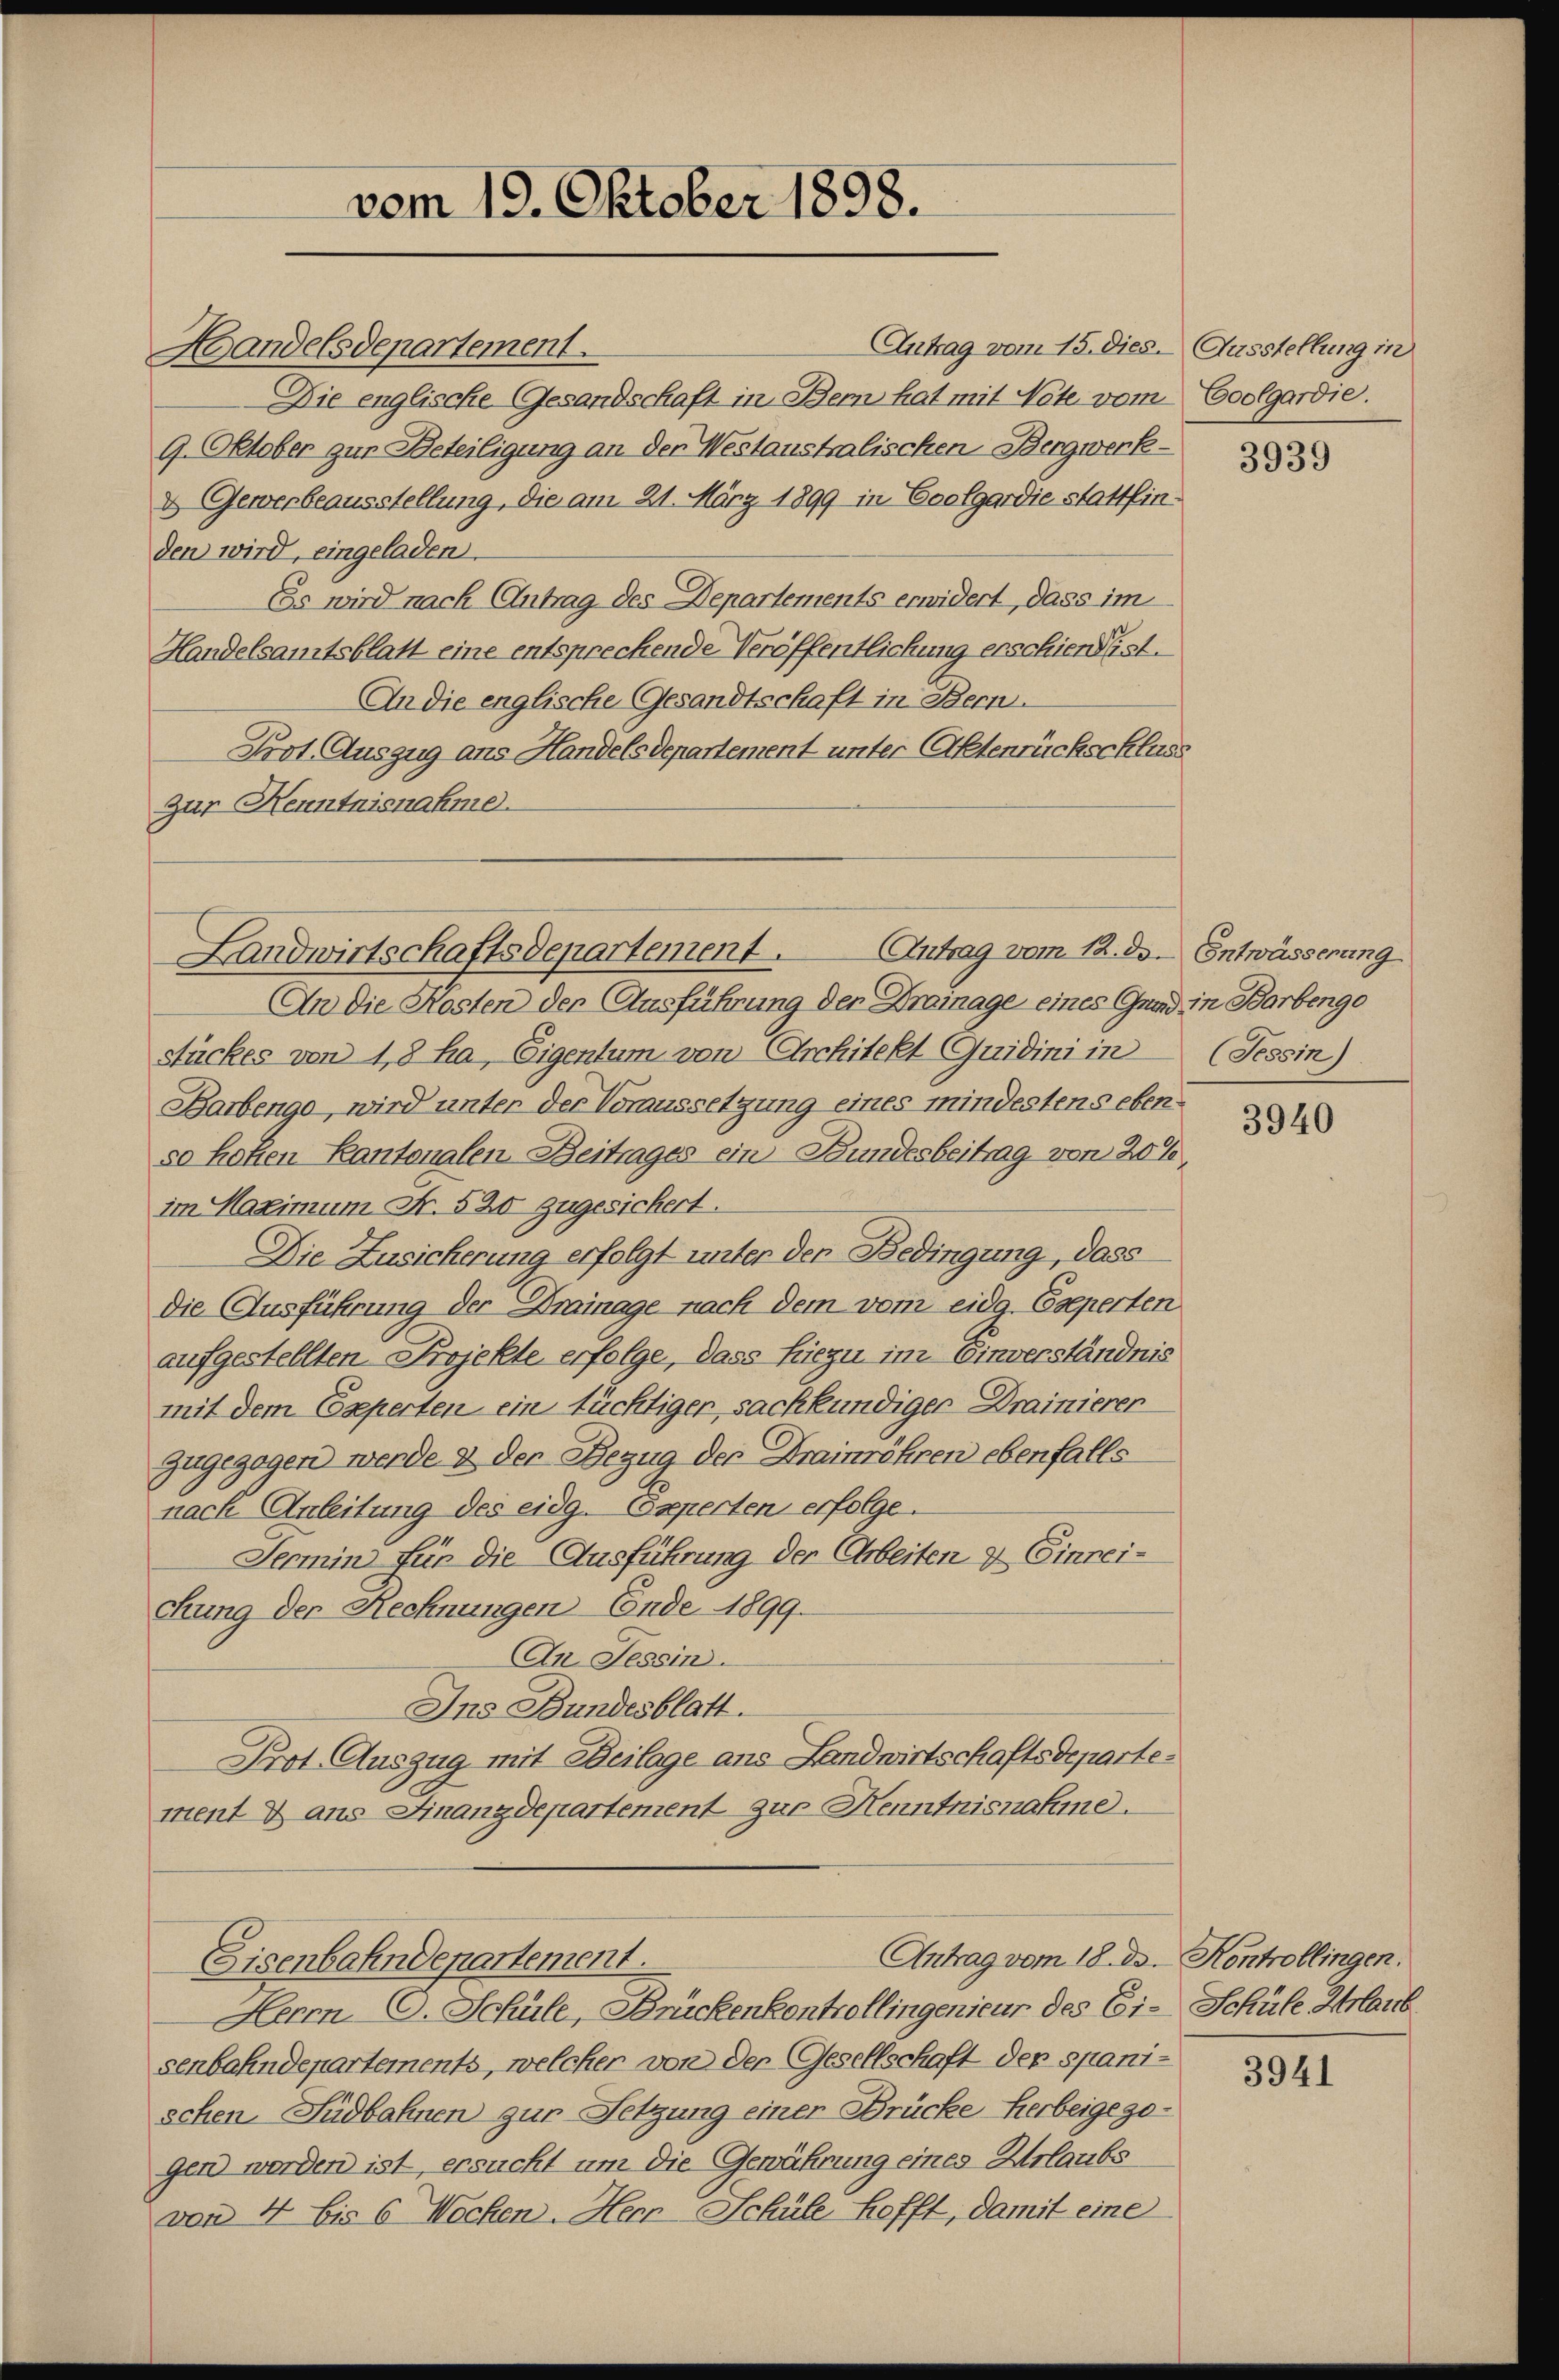
vom 19. Oktober 1898.

Handelsdepartement.
Die englische Gesandschaft in Bern hat mit Note vom
9. Oktober zur Beteiligung an der Westaustralischen Bergwerk¬
& Gewerbeausstellung, die am 21. März 1899 in Coolgardie stattfinden wird, eingeladen.
Es wird nach Antrag des Departements erwidert, dass im
Handelsamtsblatt eine entsprechende Veröffentlichung erschien ist.
An die englische Gesandtschaft in Bern.
Prot. Auszug ans Handelsdepartement unter Aktenrückschluss
Zur Kenntnisnahme.
An die Kosten der Ausführung den Dramage eines Grad in Barbengo
Stückes von 18 ha, Eigentum von Architekt Quidini in
Barbengo, wird unter der Voraussetzung eines mindestens ebenso hofzen Kantonalen Beitrages ein Bundesbeitrag von 20%,
im Maximum Fr. 520 zugesichert.
Die Zusicherung erfolgt unter der Bedingung, dass
die Ausführung der Drainage nach dem vom eidg. Eseperten
aufgestellten Projekte erfolge, dass hiezu im Einverständnis
mit dem Experten ein tüchtiger sachkundiger Drainierer
zugezogen werde & der Bezug der Frainröhren ebenfalls
nach Anleitung des eidg. Experten erfolge.
Termin für die Ausführung der Arbeiten & Einreifung der Rechnungen Ende 1899.
An Tessin.
Ins Bundesblatt.
Prot. Auszug mit Beilage ans Landwirtschaftsdepartement & aus Finanzdepartement zur Henntnisnahme.
Antrag vom 18. d. Kontrollingen.
Eisenbahndepartement.
Herrn CG. Schule, Brückenkontrollingenieur des Ei-Schüle Urlaub
senbahndepartements, welcher von der Gesellschaft der spanischen Südbahnen zur Setzung einer Brücke Herbeigezogen werden ist, ersucht um die Gewährung eines Urlaubs
von 4 bis 6 Wochen. Herr Schüle hofft, damit eine

Landwirtschaftsdepartement. Antrag vom 12. ds. Entwässerung

Antrag vom 15. dies. Ausstellung in

Coolgardie.

3939

(Tessin)

3940

3941